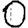
Digit: 0